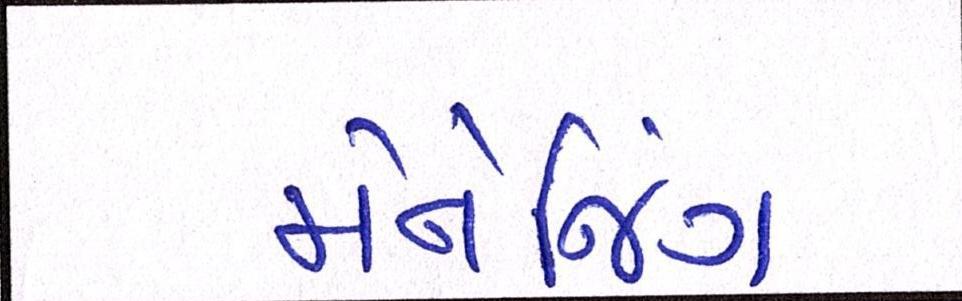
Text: મેનેજિંગ